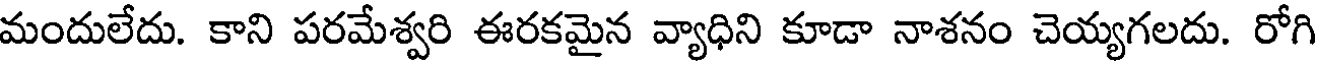
మందులేదు. కాని పరమేశ్వరి ఈరకమైన వ్యాధిని కూడా నాశనం చెయ్యగలదు. రోగి